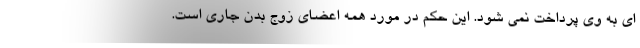
ای به وی پرداخت نمی شود. این حکم در مورد همه اعضای زوج بدن جاری است.